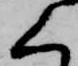
く